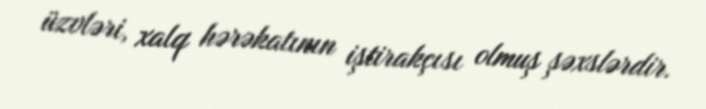
üzvləri, xalq hərəkatının iştirakçısı olmuş şəxslərdir.